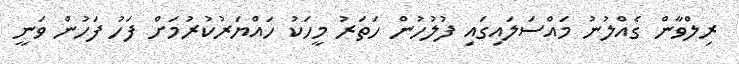
ރިލްވާން ގެއްލުނު މައްސަލައިގައި ފުލުހުން ހަތަރު މީހަކު ހައްޔަރުކުރުމަށް ފަހު ފަހުން ވަނީ